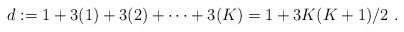
\begin{align*}d:= 1 +3(1) + 3(2) + \dots + 3(K)= 1 + 3K(K+1)/2 \ .\end{align*}